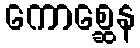
ကောစ္ဆေန